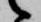
候